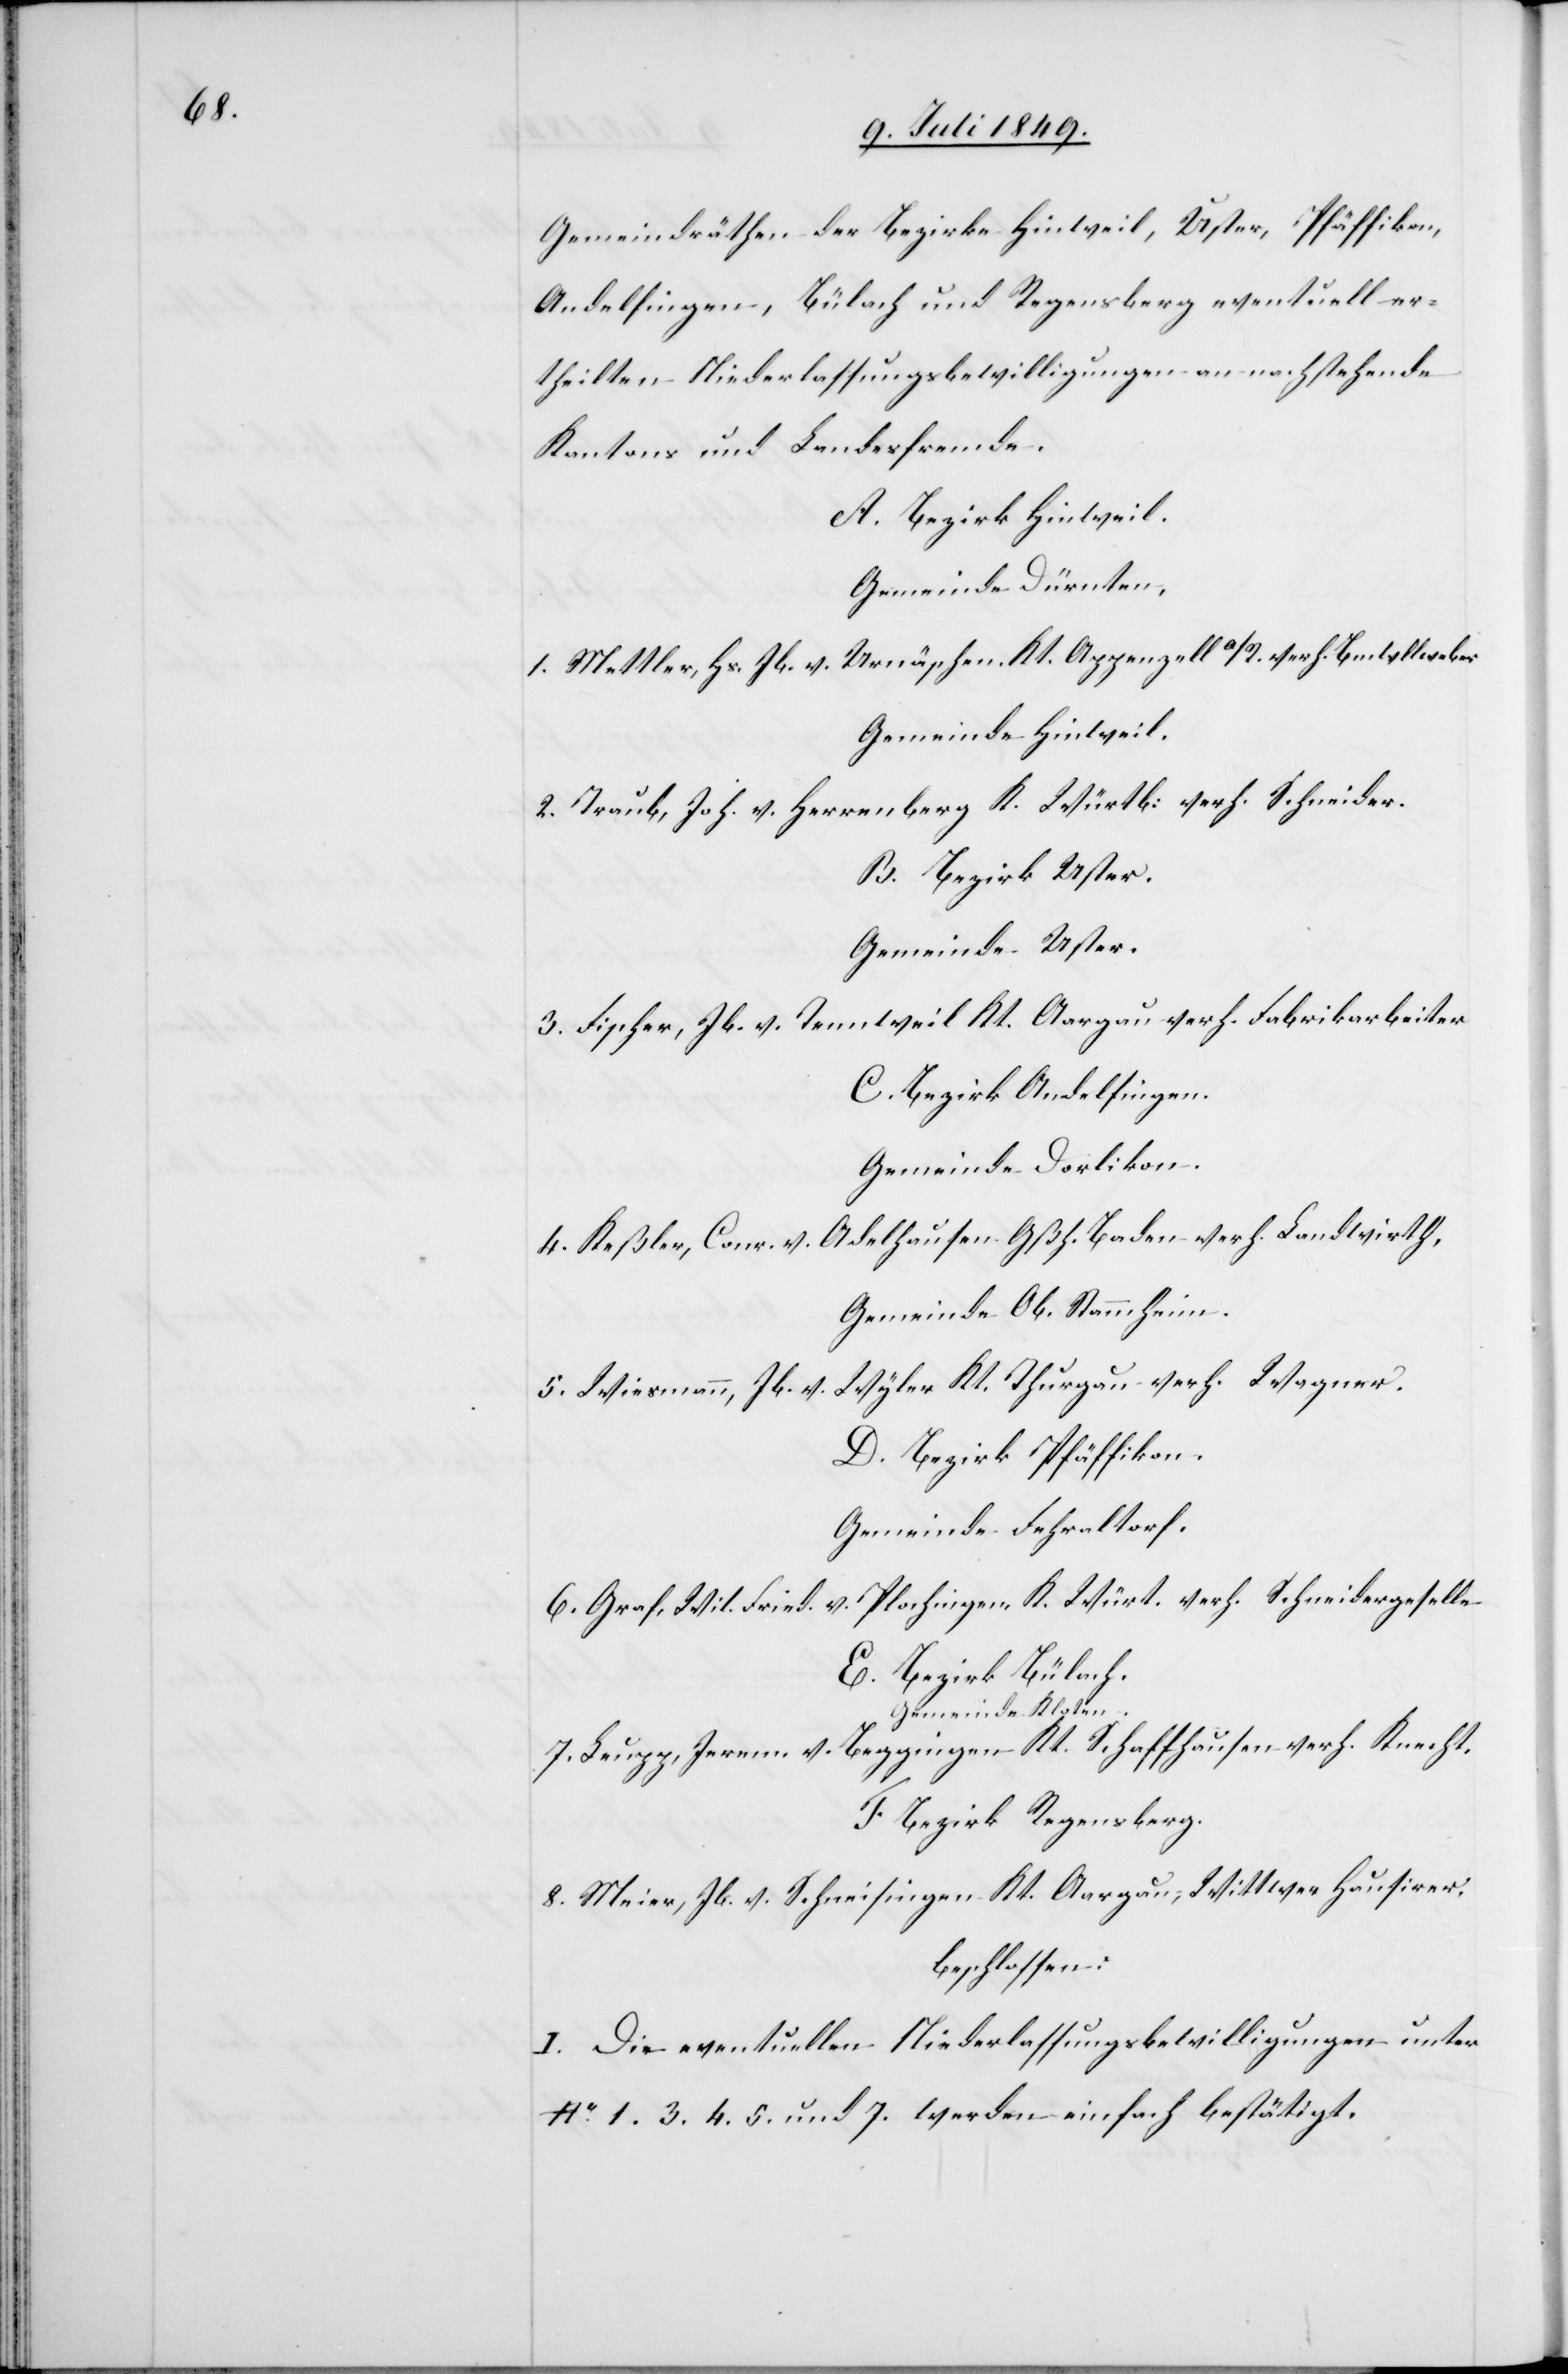
Gemeindräthen der Bezirke Hinweil, Uster, Pfäffikon,
Andelfingen, Bülach und Regensberg eventuell er¬
theilten Niederlassungsbewilligungen an nachstehende
Kantons[-] und Landesfremde.
A. Bezirk Hinweil.
Gemeinde Dürnten,
1. Mettler, Hs. Jb. v. Urnäschen. Kt. Appenzell a/R. verh. B[au]mw[o]llweber
Gemeinde Hinweil.
2. Traub, Joh. v. Herrenberg K. Würtb: verh. Schneider.
B. Bezirk Uster.
Gemeinde Uster.
3. Fischer, Jb. v. Tennweil Kt. Aargau verh. Fabrikarbeiter
C. Bezirk Andelfingen.
Gemeinde Dorlikon.
4. Keßler, Conr. v. Adelhausen. Gßh. Baden verh. Landwirth,
Gemeinde Ob. Stammheim.
5. Wiesmann, Jb. v. Wyler Kt. Thurgau verh. Wagner.
D. Bezirk Pfäffikon.
Gemeinde Fehraltorf.
6. Graf, Will. Fried. v. Plochingen, K. Würt. verh. Schneidergeselle
E. Bezirk Bülach.
Gemeinde Kloten.
7. Leupp, Jerem. v. Beggingen Kt. Schaffhausen verh. Knecht,
F. Bezirk Regensberg.
8. Meier, Jb. v. Schneisingen Kt. Aargau, Wittwer Hausirer,
beschlossen:
I. Die eventuellen Niederlassungsbewilligungen unter
No. 1. 3. 4. 5. und 7. werden einfach bestätigt.